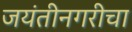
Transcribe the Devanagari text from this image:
जयंतीनगरीचा